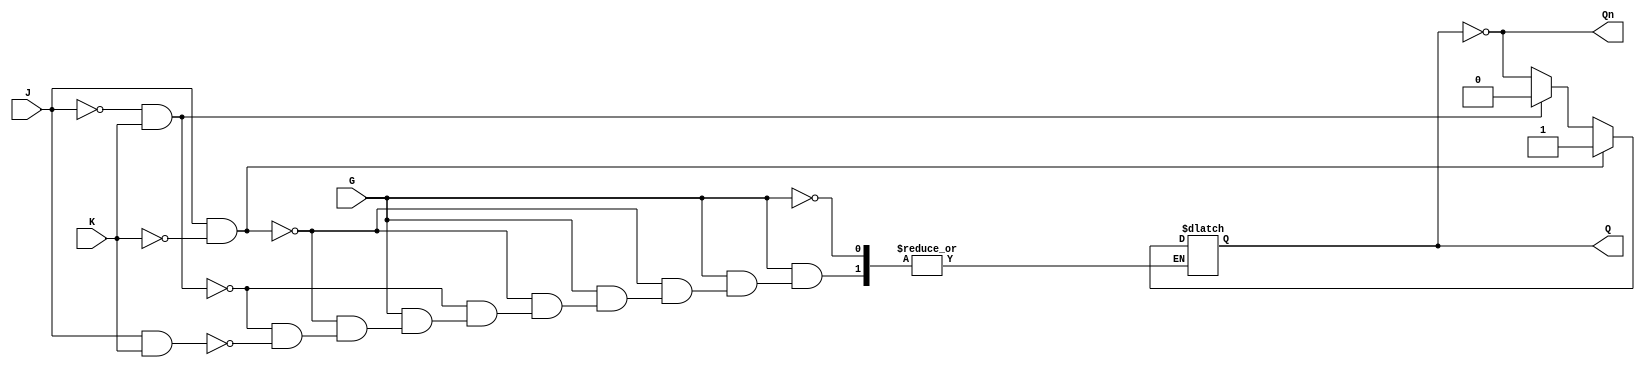
module GatedJKLatch (
    input wire J,     // Set input
    input wire K,     // Reset input
    input wire G,     // Enable input
    output reg Q,     // Output Q
    output wire Qn    // Complement of Q (not Q)
);
    
    assign Qn = ~Q; // Q' is the complement of Q

    always @(*) begin
        if (G) begin
            if (J && !K) begin
                Q = 1; // Set state
            end else if (!J && K) begin
                Q = 0; // Reset state
            end else if (J && K) begin
                Q = ~Q; // Toggle state
            end 
            // If J = 0 and K = 0, hold the current state (Q remains unchanged)
        end
        // If G = 0, hold the current state (Q remains unchanged)
    end

endmodule